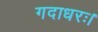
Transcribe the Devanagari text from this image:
गदाधरः।